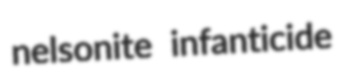
nelsonite infanticide